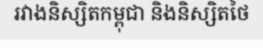
រវាងនិស្សិតកម្ពុជា និងនិស្សិតថៃ